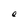
Character: e